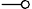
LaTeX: \multimap